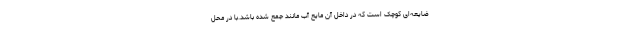
ضایعه‌ای کوچک است که در داخل آن مایع آب مانند جمع شده باشد.با در محل